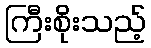
ကြီးစိုးသည့်